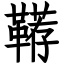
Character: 鞯